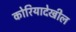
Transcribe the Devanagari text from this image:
कोरियादेखील